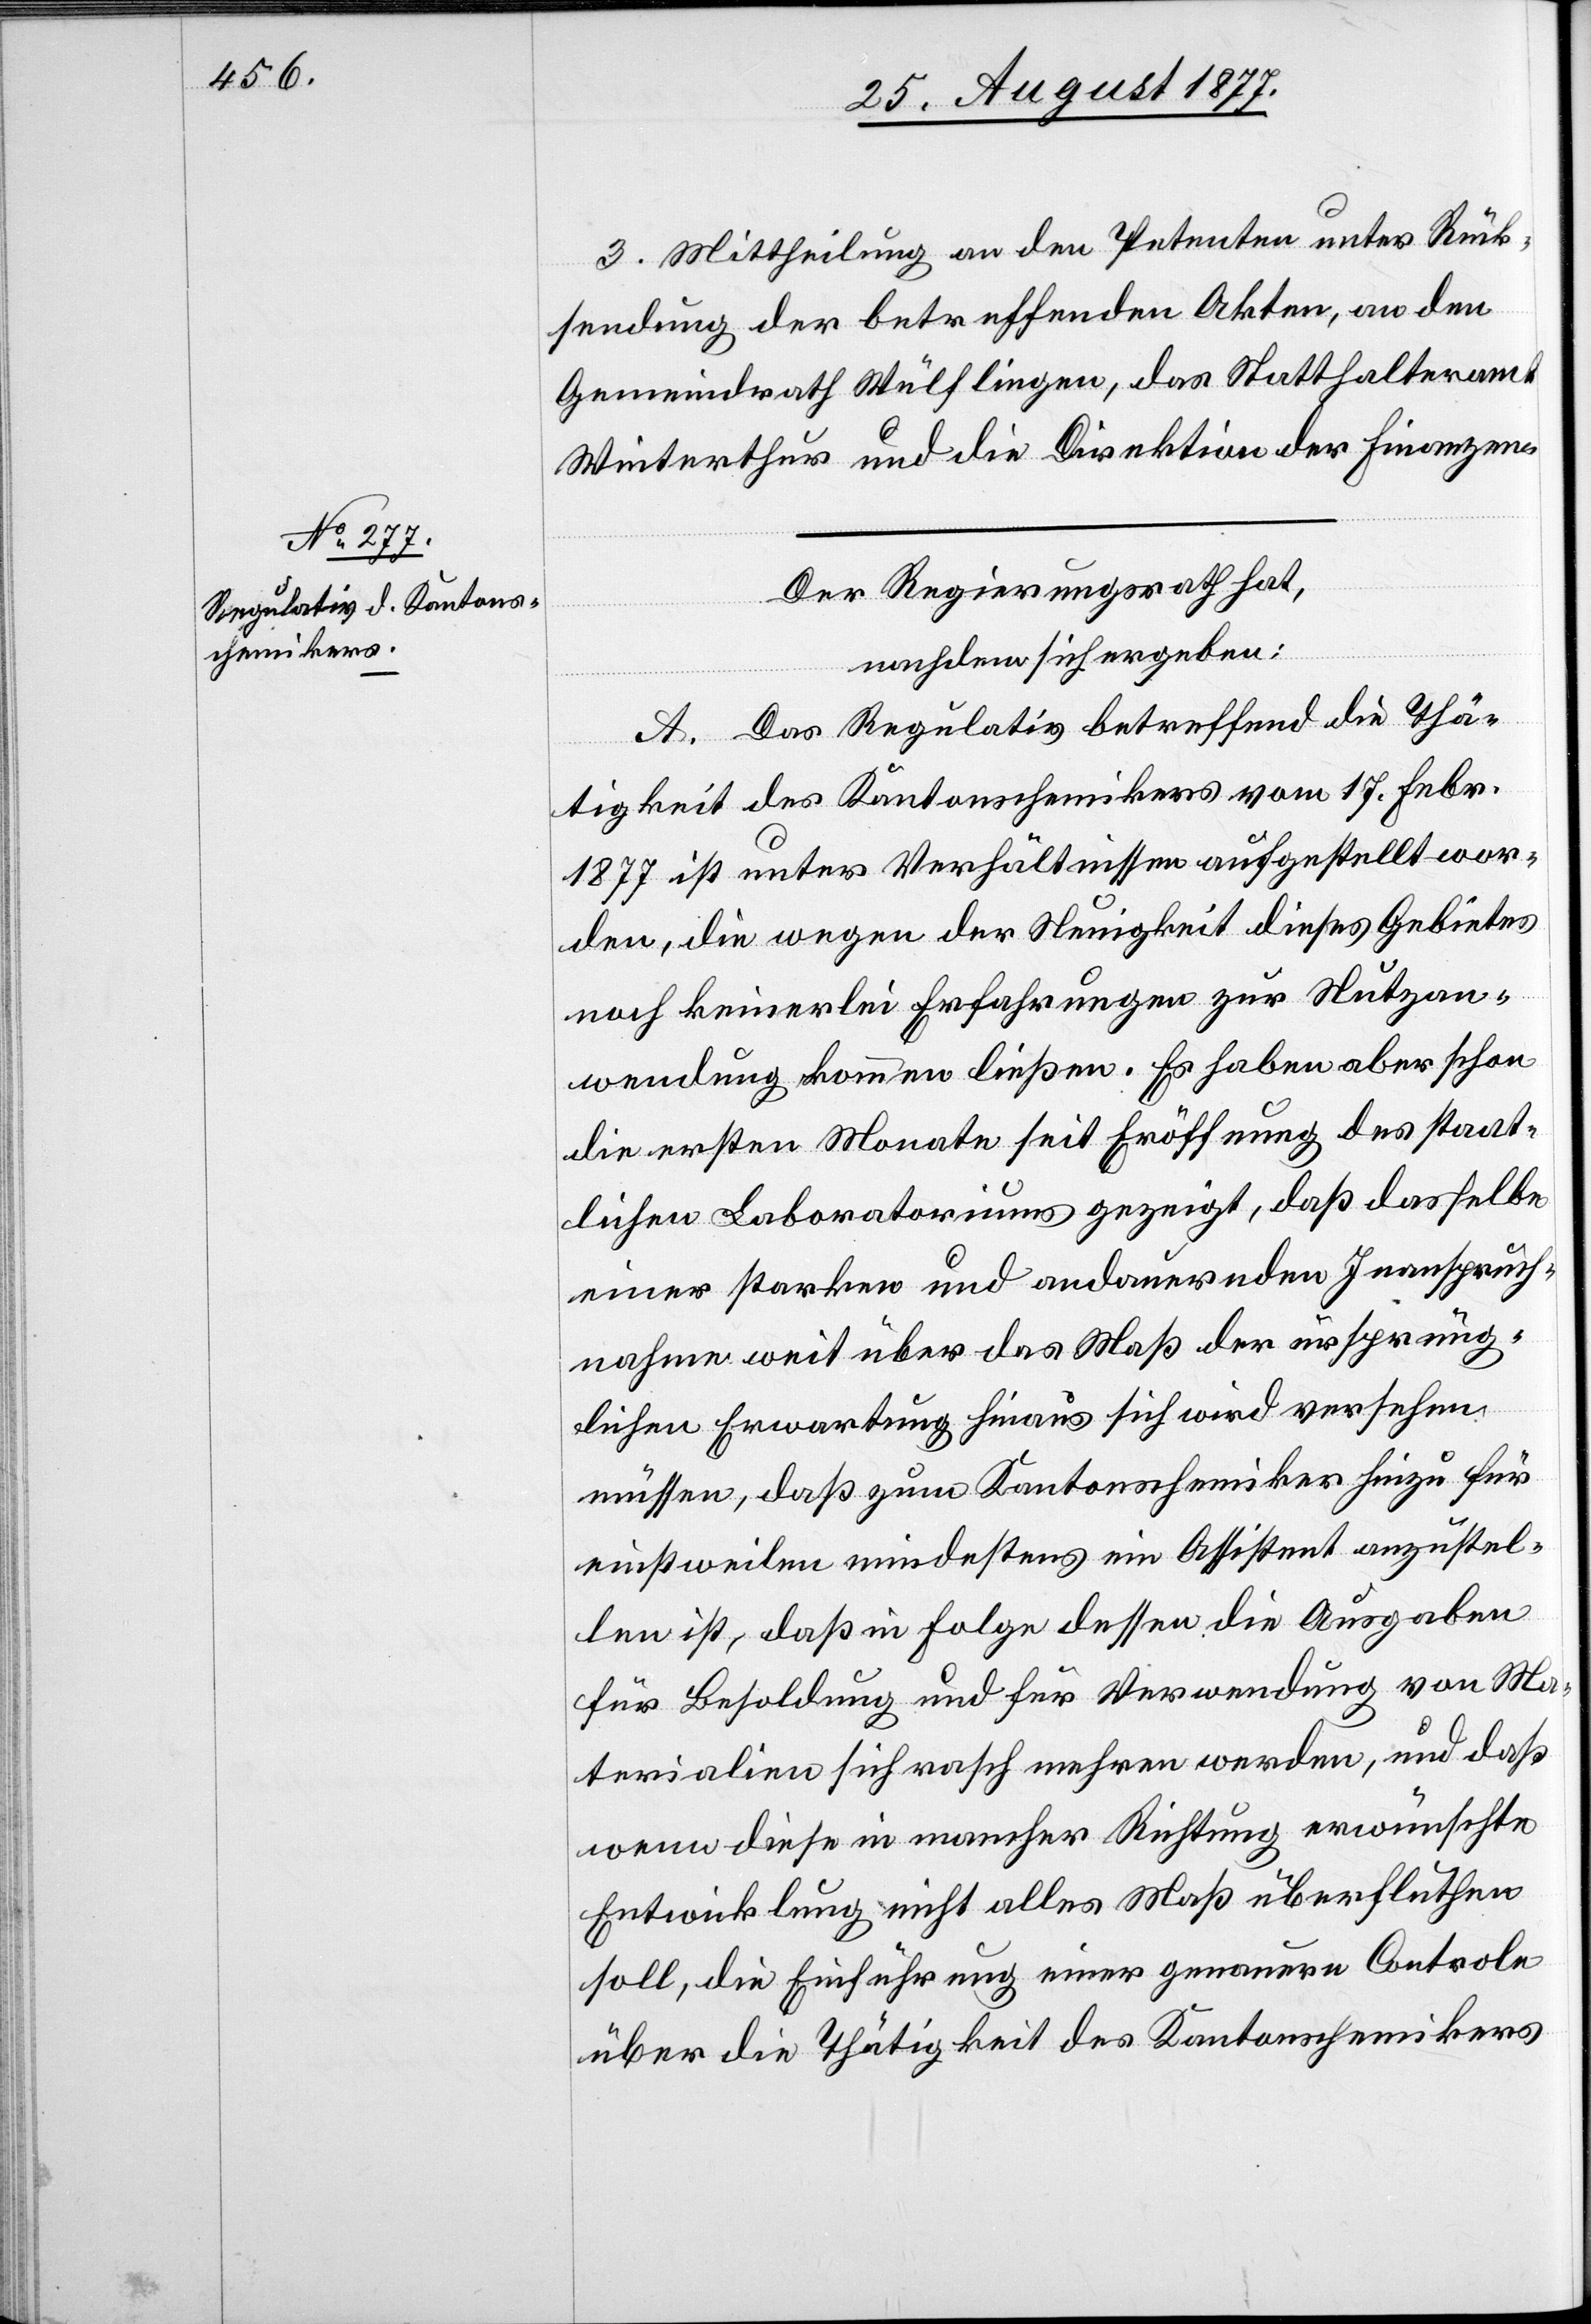
3. Mittheilung an den Petenten unter Rück¬
sendung der betreffenden Akten, an den
Gemeindrath Wülflingen, das Statthalteramt
Winterthur und die Direktion der Finanzen.
Der Regierungsrath hat,
nachdem sich ergeben:
A. Das Regulativ betreffend die Thä¬
tigkeit des Kantonschemikers vom 17. Febr.
1877 ist unter Verhältnissen aufgestellt wor¬
den, die wegen der Neuigkeit dieses Gebietes
noch keinerlei Erfahrungen zur Nutzan¬
wendung kommen ließen. Es haben aber schon
die ersten Monate seit Eröffnung des staat¬
lichen Laboratoriums gezeigt, daß dasselbe
einer starken und andauernden Inanspruch¬
nahme weit über das Maß der ursprüng¬
lichen Erwartung hinaus sich wird versehen
müssen, daß zum Kantonschemiker hinzu für
einstweilen mindestens ein Assistent anzustel¬
len ist, daß in Folge dessen die Ausgaben
für Besoldung und für Verwendung von Ma¬
terialien sich rasch mehren werden, und daß
wenn diese in mancher Richtung erwünschte
Entwicklung nicht alles Maß überfluthen
soll, die Einführung einer genauern Controle
über die Thätigkeit des Kantonschemikers